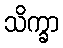
သိက္ခာ